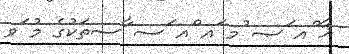
ޚާ ްއ ަޞ ުމ ައ ްއ ަސ ާސތަކުގެ މު ަވ